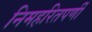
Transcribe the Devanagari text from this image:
निमहरितपर्णी